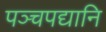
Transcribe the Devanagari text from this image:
पञ्चपद्यानि